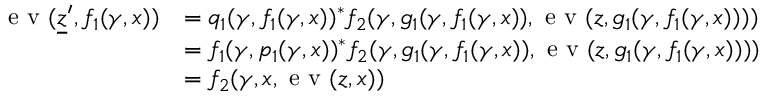
\begin{array} { r l } { \textnormal { e v } ( \underline { { z } } ^ { \prime } , f _ { 1 } ( \gamma , x ) ) } & { = q _ { 1 } ( \gamma , f _ { 1 } ( \gamma , x ) ) ^ { * } f _ { 2 } ( \gamma , g _ { 1 } ( \gamma , f _ { 1 } ( \gamma , x ) ) , \textnormal { e v } ( z , g _ { 1 } ( \gamma , f _ { 1 } ( \gamma , x ) ) ) ) } \\ & { = f _ { 1 } ( \gamma , p _ { 1 } ( \gamma , x ) ) ^ { * } f _ { 2 } ( \gamma , g _ { 1 } ( \gamma , f _ { 1 } ( \gamma , x ) ) , \textnormal { e v } ( z , g _ { 1 } ( \gamma , f _ { 1 } ( \gamma , x ) ) ) ) } \\ & { = f _ { 2 } ( \gamma , x , \textnormal { e v } ( z , x ) ) } \end{array}